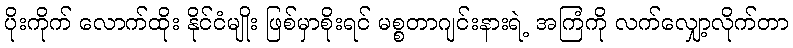
ပိုးကိုက် လောက်ထိုး နိုင်ငံမျိုး ဖြစ်မှာစိုးရင် မစ္စတာဂျင်းနားရဲ့ အကြံကို လက်လျှော့လိုက်တာ